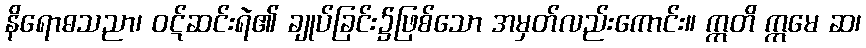
နိရောဓသညာ၊ ဝဋ်ဆင်းရဲ၏ ချုပ်ခြင်း၌ဖြစ်သော အမှတ်လည်းကောင်း။ ဣတိ ဣမေ ဆ၊